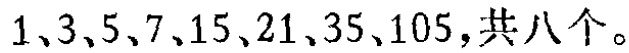
$1、3、5、7、15、21、35、105，共八个。$